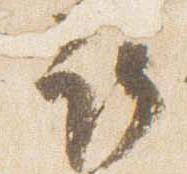
取